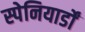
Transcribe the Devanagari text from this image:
स्पेनियार्डों